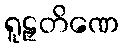
ရူဠှတိဏေ